Report on vaccination proceedings throughout the Government of Bengal -
Year: 1868
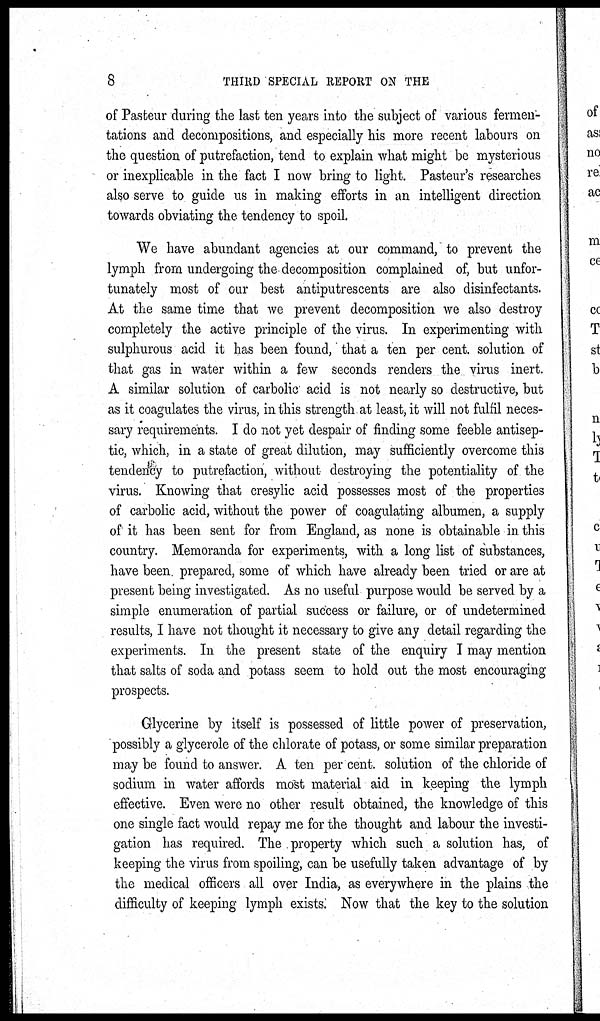
8
THIRD SPECIAL REPORT ON THE
of Pasteur during the last ten years into the subject of various fermen-
tations and decompositions, and especially his more recent labours on
the question of putrefaction, tend to explain what might be mysterious
or inexplicable in the fact I now bring to light. Pasteur's researches
also serve to guide us in making efforts in an intelligent direction
towards obviating the tendency to spoil.
We have abundant agencies at our command, to prevent the
lymph from undergoing the decomposition complained of, but unfor-
tunately most of our best antiputrescents are also disinfectants.
At the same time that we prevent decomposition we also destroy
completely the active principle of the virus. In experimenting with
sulphurous acid it has been found, that a ten per cent. solution of
that gas in water within a few seconds renders the virus inert.
A similar solution of carbolic acid is not nearly so destructive, but
as it coagulates the virus, in this strength at least, it will not fulfil neces-
sary requirements. I do not yet despair of finding some feeble antisep-
tic, which, in a state of great dilution, may sufficiently overcome this
tendency to putrefaction, without destroying the potentiality of the
virus. Knowing that cresylic acid possesses most of the properties
of carbolic acid, without the power of coagulating albumen, a supply
of it has been sent for from England, as none is obtainable in this
country. Memoranda for experiments, with a long list of substances,
have been prepared, some of which have already been tried or are at
present being investigated. As no useful purpose would be served by a
simple enumeration of partial success or failure, or of undetermined
results, I have not thought it necessary to give any detail regarding the
experiments. In the present state of the enquiry I may mention
that salts of soda and potass seem to hold out the most encouraging
prospects.
Glycerine by itself is possessed of little power of preservation,
possibly a glycerole of the chlorate of potass, or some similar preparation
may be found to answer. A ten per cent. solution of the chloride of
sodium in water affords most material aid in keeping the lymph
effective. Even were no other result obtained, the knowledge of this
one single fact would repay me for the thought and labour the investi-
gation has required. The property which such a solution has, of
keeping the virus from spoiling, can be usefully taken advantage of by
the medical officers all over India, as everywhere in the plains the
difficulty of keeping lymph exists. Now that the key to the solution